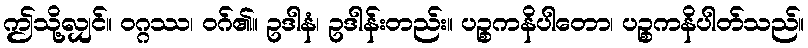
ဤသို့လျှင်။ ဝဂ္ဂဿ၊ ဝဂ်၏။ ဥဒါနံ၊ ဥဒါန်းတည်း။ ပဉ္စကနိပါတော၊ ပဉ္စကနိပါတ်သည်။